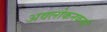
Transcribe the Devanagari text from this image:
अवलोकनकर्त्या